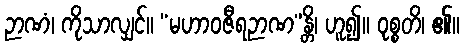
ဉာဏံ၊ ကိုသာလျှင်။ “မဟာဝဇီရဉာဏ”န္တိ၊ ဟူ၍။ ဝုစ္စတိ၊ ၏။